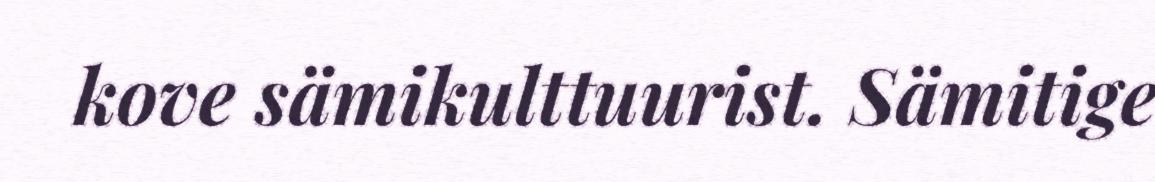
kove sämikulttuurist. Sämitige